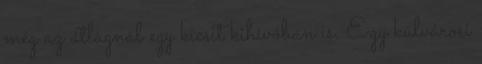
még az átlagnál egy kicsit kihívóban is. Egy külvárosi